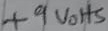
Text: +9Volts